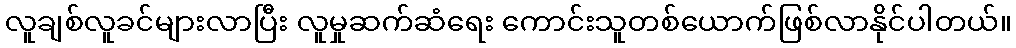
လူချစ်လူခင်များလာပြီး လူမှုဆက်ဆံရေး ကောင်းသူတစ်ယောက်ဖြစ်လာနိုင်ပါတယ်။